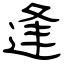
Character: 逢